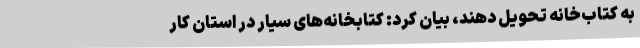
به کتاب‌خانه تحویل دهند، بیان کرد: کتابخانه‌های سیار در استان کار